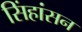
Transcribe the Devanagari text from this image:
सिंहांसन